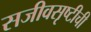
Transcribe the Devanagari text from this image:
सजीवसृष्टीची